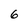
Character: 6